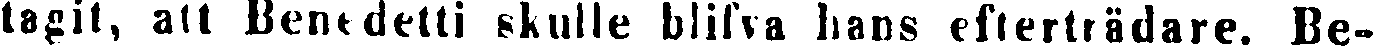
tagit, att Benedetti skulle blifva hans efterträdare. Be-